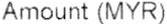
AMOUNT (MYR)